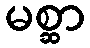
မစ္ဆာ